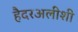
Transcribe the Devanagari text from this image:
हैदरअलीशी